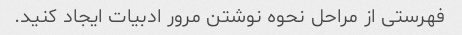
فهرستی از مراحل نحوه نوشتن مرور ادبیات ایجاد کنید.